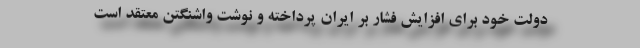
دولت خود برای افزایش فشار بر ایران پرداخته و نوشت واشنگتن معتقد است